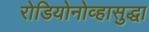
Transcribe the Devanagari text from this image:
रोडियोनोव्हासुद्धा